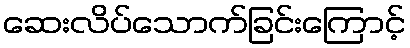
ဆေးလိပ်သောက်ခြင်းကြောင့်